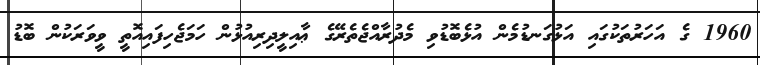
1960 ގެ އަހަރުތަކުގައި އަޅުގަނޑުމެން އުޅެބޮޑުވި މެދުރާއްޖެތެރޭގެ ޢާއިލީދިރިއުޅުން ހަމަޖެހިފައިއޮތީ ވީވަަރަކުން ބޮޑު